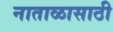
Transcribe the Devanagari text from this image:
नाताळासाठी